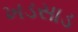
ખડસાડ